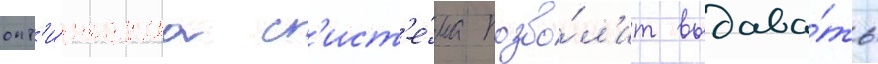
опт'и́ческаа с'ист'е́ма позво́л'ит выдава́ть